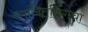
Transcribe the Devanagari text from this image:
रणजितसिंगचा